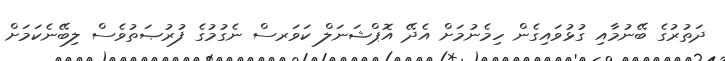
ދަތުރުގެ ބޭނުމާއި ގުޅުވައިގެން ހިމެނުމަށް އެދޭ އޮޕްޝަނަލް ކަވަރސް ނެގުމުގެ ފުރުޞަތުވެސް ލިބޭނެކަމަށް